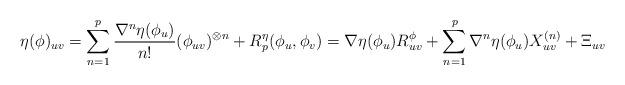
LaTeX: \begin{align*} \eta(\phi)_{uv} & = \sum_{n=1}^p \frac{\nabla^n\eta (\phi_u)}{n!} (\phi_{uv})^{\otimes n} + R^{\eta}_p(\phi_u,\phi_v) = \nabla\eta(\phi_u) R^{\phi}_{uv} + \sum_{n=1}^p \nabla^n \eta(\phi_u) X_{uv}^{(n)} + \Xi_{uv} \end{align*}